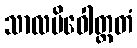
သာလမိဝေါတ္ထတံ